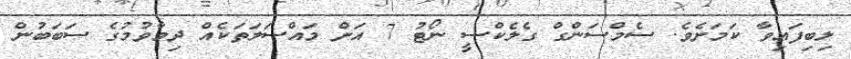
ލިބިފައިވާ ކަމަށެވެ. ސެމްސަންގް ގެލެކްސީ ނޯޓު 7 އަށް މައްސަލަތަކެއް ދިމާވުމުގެ ސަބަބުން